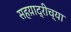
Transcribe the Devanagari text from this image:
सहय़ाद्रीच्या